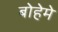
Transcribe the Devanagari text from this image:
बोहेमे